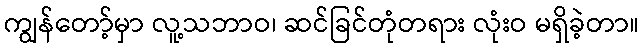
ကျွန်တော့်မှာ လူ့သဘာဝ၊ ဆင်ခြင်တုံတရား လုံးဝ မရှိခဲ့တာ။